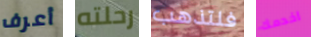
أعرف رحلته فلتذهب اخدمك